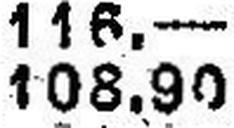
108.90